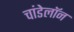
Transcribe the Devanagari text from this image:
चांडेलॉन